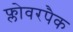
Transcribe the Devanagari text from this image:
फ्लोवरपैक